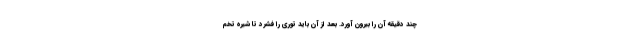
چند دقیقه آن را بیرون آورد. بعد از آن باید توری را فشرد تا شیره تخم